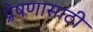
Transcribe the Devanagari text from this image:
प्रेषणासाठी